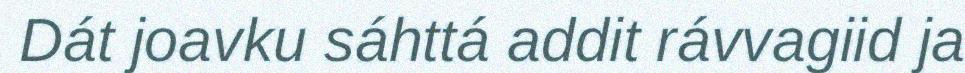
Dát joavku sáhttá addit rávvagiid ja